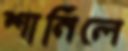
শানিলে